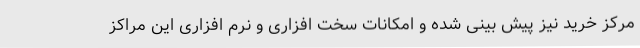
مرکز خرید نیز پیش بینی شده و امکانات سخت افزاری و نرم افزاری این مراکز